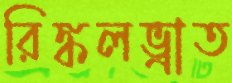
রিঙ্কলভ্রাত